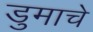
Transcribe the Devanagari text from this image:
डुमाचे